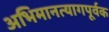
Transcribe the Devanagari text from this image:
अभिमानत्यागपूर्वक